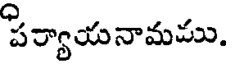
పర్యాయనామము.